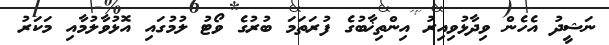
ނަޝީދު އެހެން ވިދާޅުވިއިރު އިންތިޚާބުގެ ފުރަތަމަ ބުރުގެ ވޯޓު ލުމުގައި އޮޅުވާލުމާއި މަކަރު